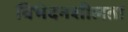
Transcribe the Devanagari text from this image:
विभेदनशीलता